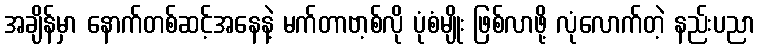
အချိန်မှာ နောက်တစ်ဆင့်အနေနဲ့ မက်တာဗာ့စ်လို ပုံစံမျိုး ဖြစ်လာဖို့ လုံလောက်တဲ့ နည်းပညာ